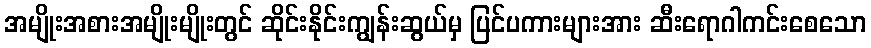
အမျိုးအစားအမျိုးမျိုးတွင် ဆိုင်းနိုင်းကျွန်းဆွယ်မှ ပြင်ပကားများအား ဆီးရောဂါကင်းစေသော